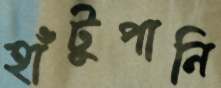
হাঁটুপানি